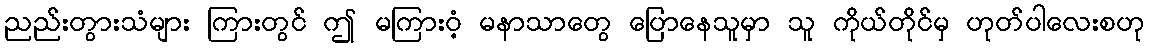
ညည်းတွားသံများ ကြားတွင် ဤ မကြားဝံ့ မနာသာတွေ ပြောနေသူမှာ သူ ကိုယ်တိုင်မှ ဟုတ်ပါလေးစဟု